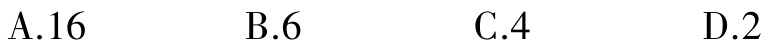
A.16  B.6  C.4  D.2